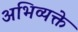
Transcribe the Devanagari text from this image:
अभिव्यक्ते